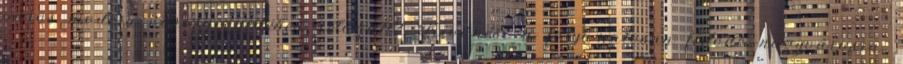
város modern városnegyedében sétágatl? Kíváncsi a folyamatosan fejlődő nagyvárosra,